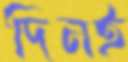
দিনই